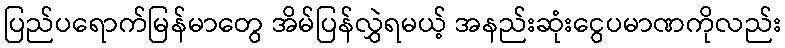
ပြည်ပရောက်မြန်မာတွေ အိမ်ပြန်လွှဲရမယ့် အနည်းဆုံးငွေပမာဏကိုလည်း